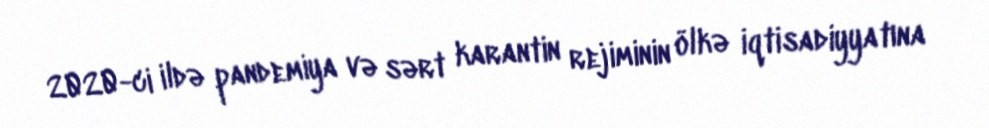
2020-ci ildə pandemiya və sərt karantin rejiminin ölkə iqtisadiyyatına